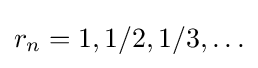
r_{n}=1,1/2,1/3,\ldots